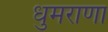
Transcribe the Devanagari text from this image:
धुमराणा